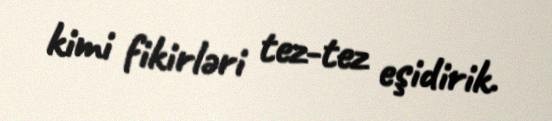
kimi fikirləri tez-tez eşidirik.